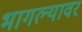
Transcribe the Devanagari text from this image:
भागल्यावर